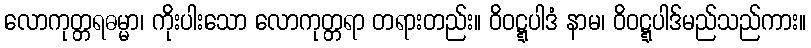
လောကုတ္တရဓမ္မာ၊ ကိုးပါးသော လောကုတ္တရာ တရားတည်း။ ဝိဝဋ္ဋပါဒံ နာမ၊ ဝိဝဋ္ဋပါဒ်မည်သည်ကား။